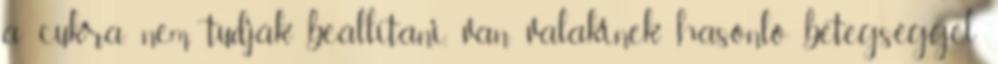
a cukra, nem tudják beállítani, van valakinek hasonló betegséggel